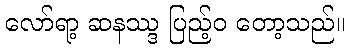
လော်ရာ့ ဆနဿ္ဒ ပြည့်ဝ တော့သည်။